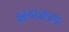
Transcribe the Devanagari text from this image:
क्रमजटा